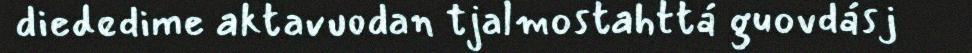
diededime aktavuodan tjalmostahttá guovdásj